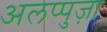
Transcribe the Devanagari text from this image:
अलप्पुज़ा